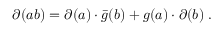
\partial ( a b ) = \partial ( a ) \cdot \bar { g } ( b ) + g ( a ) \cdot \partial ( b ) \; .